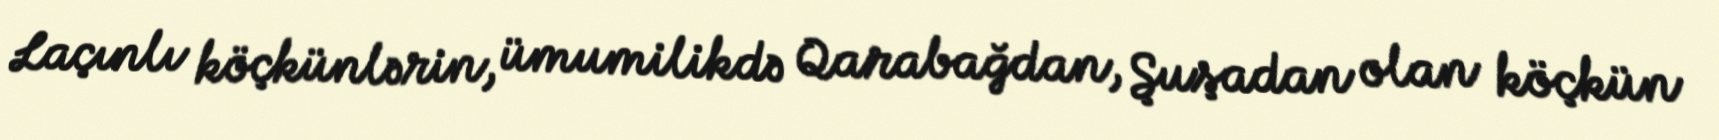
Laçınlı köçkünlərin, ümumilikdə Qarabağdan, Şuşadan olan köçkün